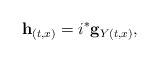
\begin{align*}{}{\bf h}_{(t, x)} = i^* {\bf g}_{Y(t, x)},\end{align*}